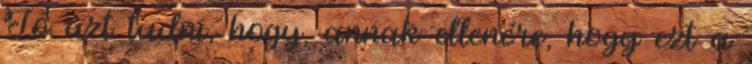
Jó azt tudni, hogy, annak ellenére, hogy ezt a